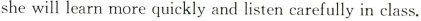
she will learn more quickly and listen carefully in class.